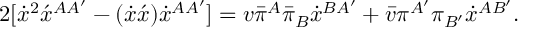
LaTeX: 2 [ \dot { x } ^ { 2 } \acute { x } ^ { A A ^ { \prime } } - ( \dot { x } \acute { x } ) \dot { x } ^ { A A ^ { \prime } } ] = v \bar { \pi } ^ { A } \bar { \pi } _ { B } \dot { x } ^ { B A ^ { \prime } } + \bar { v } \pi ^ { A ^ { \prime } } \pi _ { B ^ { \prime } } \dot { x } ^ { A B ^ { \prime } } .